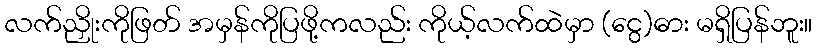
လက်ညှိုးကိုဖြတ် အမှန်ကိုပြဖို့ကလည်း ကိုယ့်လက်ထဲမှာ (ငွေ)ဓား မရှိပြန်ဘူး။